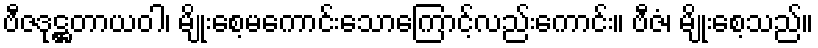
ဗီဇဒုဋ္ဌတာယဝါ၊ မျိုးစေ့မကောင်းသောကြောင့်လည်းကောင်း။ ဗီဇံ၊ မျိုးစေ့သည်။